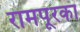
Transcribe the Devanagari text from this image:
रामपूरका